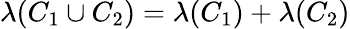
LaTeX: \lambda(C_{1}\cup C_{2})=\lambda(C_{1})+\lambda(C_{2})